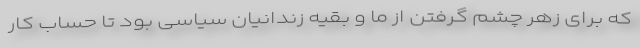
كه برای زهر چشم ‌گرفتن از ما و بقیه زندانیان سیاسی بود تا حساب كار